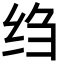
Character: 绉